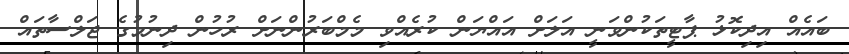
ބައެއް އިދިކޮޅު ޕާޓީތަކުންވަނީ އަލަށް އައްޔަން ކުރެއްވި މެމްބަރުންނަށް ރުހުން ދިނުމުގެ ޖަލްސާތައް